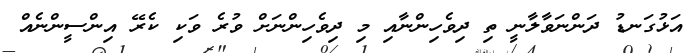
އަޅުގަނޑު ދަންނަވާލާނީ ތި ދިވެހިންނާއި މި ދިވެހިންނަށް ވުރެ ވަކި ކެރޭ އިންސީންނެއް